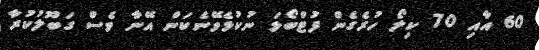
60 އާއި 70 ކިލޯ ހުރެގެން ފުޓްބޯޅަ ނުކުޅެވޭނެކަން އޭނާ ވެސް ގަބޫލުކުރާ